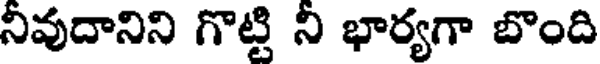
నివుదానిని గొట్టి ని భార్యగా బొంది